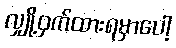
လျှို့ဝှက်ထားရမှာပေါ့